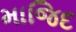
માજિદ